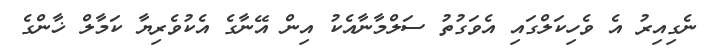
ނެގިއިރު އެ ވެހިކަލްގައި އެވަގުތު ސަލްމާނާއެކު އިން އޭނާގެ އެކުވެރިޔާ ކަމާލް ޚާންގެ